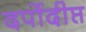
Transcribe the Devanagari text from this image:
दर्पोदीप्त